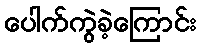
ပေါက်ကွဲခဲ့ကြောင်း